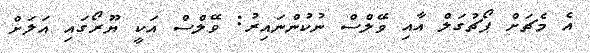
އެ މެޗަށް ޕޯޗުގަލް އާއި ވޭލްސް ނުކުންނައިރު: ވޭލްސް އަކީ ޔޫރޯގައި އަލަށް